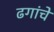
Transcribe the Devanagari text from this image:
ढगांचे